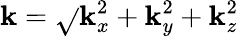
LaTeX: \mathbf{k}=\sqrt{}{{\mathbf{k}_{x}^{2}+\mathbf{k}_{y}^{2}+\mathbf{k}_{z}^{2}}}